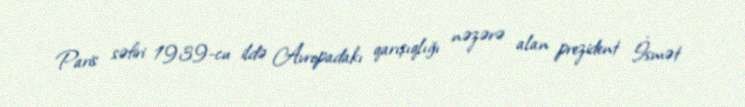
Paris səfiri 1939-cu ildə Avropadakı qarışıqlığı nəzərə alan prezident İsmət